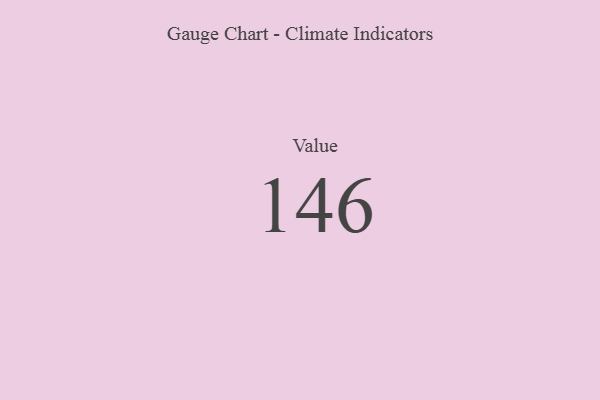
{"axis": {"x": "Metric", "y": "Value"}, "legend": [""], "data": [{"x": "Value", "y": 146, "type": ""}]}